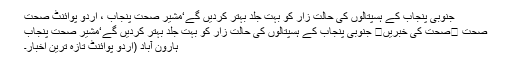
جنوبی پنجاب کے ہسپتالوں کی حالت زار کو بہت جلد بہتر کردیں گے‘مشیر صحت پنجاب ، اُردو پوائنٹ صحت
صحت ⬅صحت کی خبریں⬅ جنوبی پنجاب کے ہسپتالوں کی حالت زار کو بہت جلد بہتر کردیں گے‘مشیر صحت پنجاب
ہارون آباد (اُردو پوائنٹ تازہ ترین اخبار۔